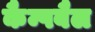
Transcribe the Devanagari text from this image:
कैम्पबैल